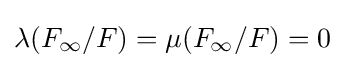
\lambda (F_{\infty }/F)=\mu (F_{\infty }/F)=0